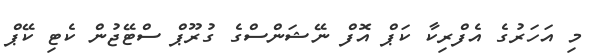
މި އަހަރުގެ އެފްރިކާ ކަޕް އޮފް ނޭޝަންސްގެ ގުރޫޕް ސްޓޭޖުން ކެޓި ކޭޕް